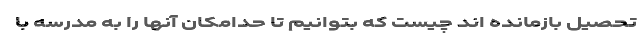
تحصیل بازمانده اند چیست که بتوانیم تا حدامکان آنها را به مدرسه با